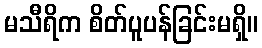
မသီရိက စိတ်ပူပန်ခြင်းမရှိ။